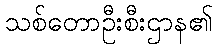
သစ်တောဦးစီးဌာန၏